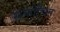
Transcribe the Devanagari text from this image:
संकोचित